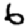
Digit: 6